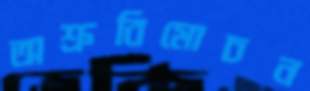
অশ্রুবিমোচন